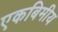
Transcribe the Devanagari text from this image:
एकबिमीय